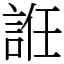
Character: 䛘